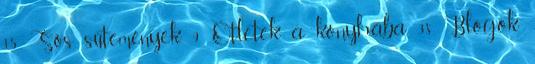
15 Sós sütemények. 9 Ötletek a konyhába. 38 Blogok,